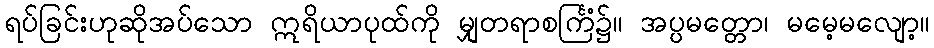
ရပ်ခြင်းဟုဆိုအပ်သော ဣရိယာပုထ်ကို မျှတရာစင်္ကြံ၌။ အပ္ပမတ္တော၊ မမေ့မလျော့။